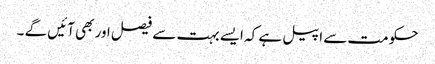
حکومت سے اپیل ہے کہ ایسے بہت سے فیصل اور بھی آئیں گے ۔